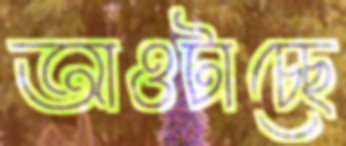
আওটাচ্ছে